Report of the Indian Hemp Drugs Commission, 1894-1895 - Volume I
Year: 1894
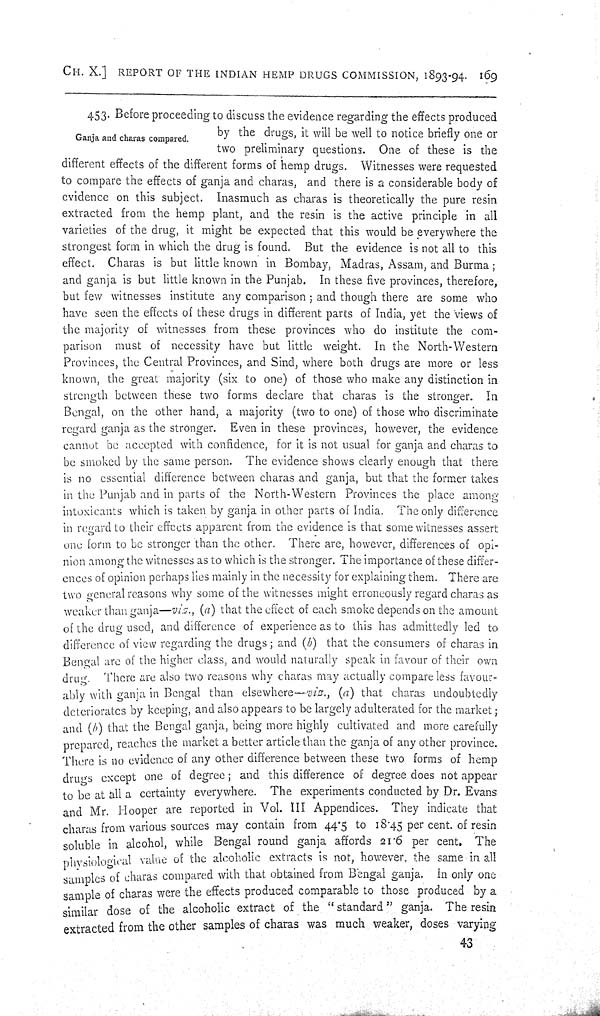
CH. X.] REPORT OF THE INDIAN HEMP DRUGS COMMISSION, 1893-94. 169
Ganja and charas compared.
453. Before proceeding to discuss the evidence regarding the effects produced
by the drugs, it will be well to notice briefly one or
two preliminary questions. One of these is the
different effects of the different forms of hemp drugs. Witnesses were requested
to compare the effects of ganja and charas, and there is a considerable body of
evidence on this subject. Inasmuch as charas is theoretically the pure resin
extracted from the hemp plant, and the resin is the active principle in all
varieties of the drug, it might be expected that this would be everywhere the
strongest form in which the drug is found. But the evidence is not all to this
effect. Charas is but little known in Bombay, Madras, Assam, and Burma;
and ganja is but little known in the Punjab. In these five provinces, therefore,
but few witnesses institute any comparison; and though there are some who
have seen the effects of these drugs in different parts of India, yet the views of
the majority of witnesses from these provinces who do institute the com-
parison must of necessity have but little weight. In the North-Western
Provinces, the Central Provinces, and Sind, where both drugs are more or less
known, the great majority (six to one) of those who make any distinction in
strength between these two forms declare that charas is the stronger. In
Bengal, on the other hand, a majority (two to one) of those who discriminate
regard ganja as the stronger. Even in these provinces, however, the evidence
cannot be accepted with confidence, for it is not usual for ganja and charas to
be smoked by the same person. The evidence shows clearly enough that there
is no essential difference between charas and ganja, but that the former takes
in the Punjab and in parts of the North-Western Provinces the place among
intoxicants which is taken by ganja in other parts of India. The only difference
in regard to their effects apparent from the evidence is that some witnesses assert
one form to be stronger than the other. There are, however, differences of opi-
nion among the witnesses as to which is the stronger. The importance of these differ-
ences of opinion perhaps lies mainly in the necessity for explaining them. There are
two general reasons why some of the witnesses might erroneously regard charas as
weaker than ganja—viz., (a) that the effect of each smoke depends on the amount
of the drug used, and difference of experience as to this has admittedly led to
difference of view regarding the drugs; and (b) that the consumers of charas in
Bengal are of the higher class, and would naturally speak in favour of their own
drug. There are also two reasons why charas may actually compare less favour-
ably with ganja in Bengal than elsewhere—-viz., (a) that charas undoubtedly
deteriorates by keeping, and also appears to be largely adulterated for the market;
and (b) that the Bengal ganja, being more highly cultivated and more carefully
prepared, reaches the market a better article than the ganja of any other province.
There is no evidence of any other difference between these two forms of hemp
drugs except one of degree; and this difference of degree does not appear
to be at all a certainty everywhere. The experiments conducted by Dr. Evans
and Mr. Hooper are reported in Vol. III Appendices. They indicate that
charas from various sources may contain from 44.5 to 18.45 per cent. of resin
soluble in alcohol, while Bengal round ganja affords 21.6 per cent. The
physiological value of the alcoholic extracts is not, however, the same in all
samples of charas compared with that obtained from Bengal ganja. In only one
sample of charas were the effects produced comparable to those produced by a
similar dose of the alcoholic extract of the "standard" ganja. The resin
extracted from the other samples of charas was much weaker, doses varying
43